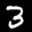
Label: 3